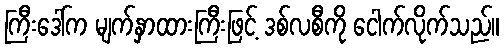
ကြီးဒေါ်က မျက်နှာထားကြီးဖြင့် ဒစ်လစီကို ငေါက်လိုက်သည်။